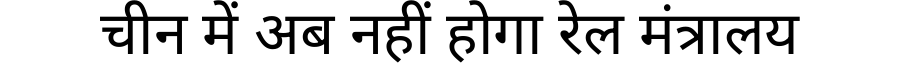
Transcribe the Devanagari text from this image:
चीन में अब नहीं होगा रेल मंत्रालय